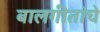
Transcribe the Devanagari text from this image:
बालगीतांचे